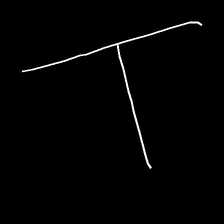
Glyph: column